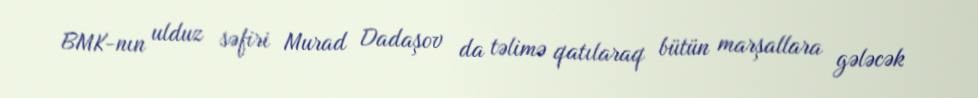
BMK-nın ulduz səfiri Murad Dadaşov da təlimə qatılaraq bütün marşallara gələcək